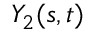
Y _ { 2 } ( s , t )